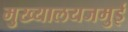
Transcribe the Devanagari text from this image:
मुख्यालयजमुई